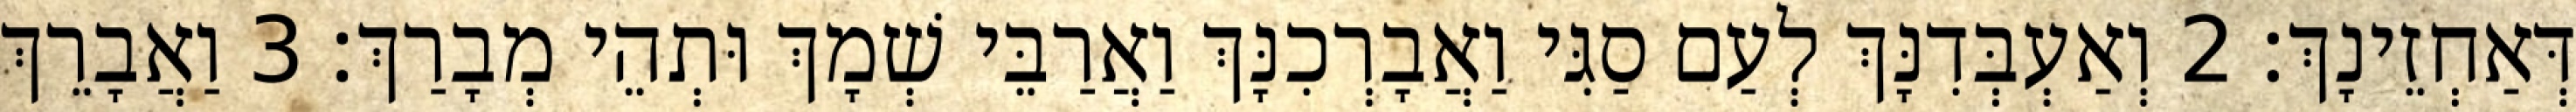
דְּאַחְזֵינָךְ׃ 2 וְאַעְבְּדִנָּךְ לְעַם סַגִּי וַאֲבָרְכִנָּךְ וַאֲרַבֵּי שְׁמָךְ וּתְהֵי מְבָרַךְ׃ 3 וַאֲבָרֵךְ